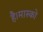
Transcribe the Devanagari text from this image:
है।मास्को